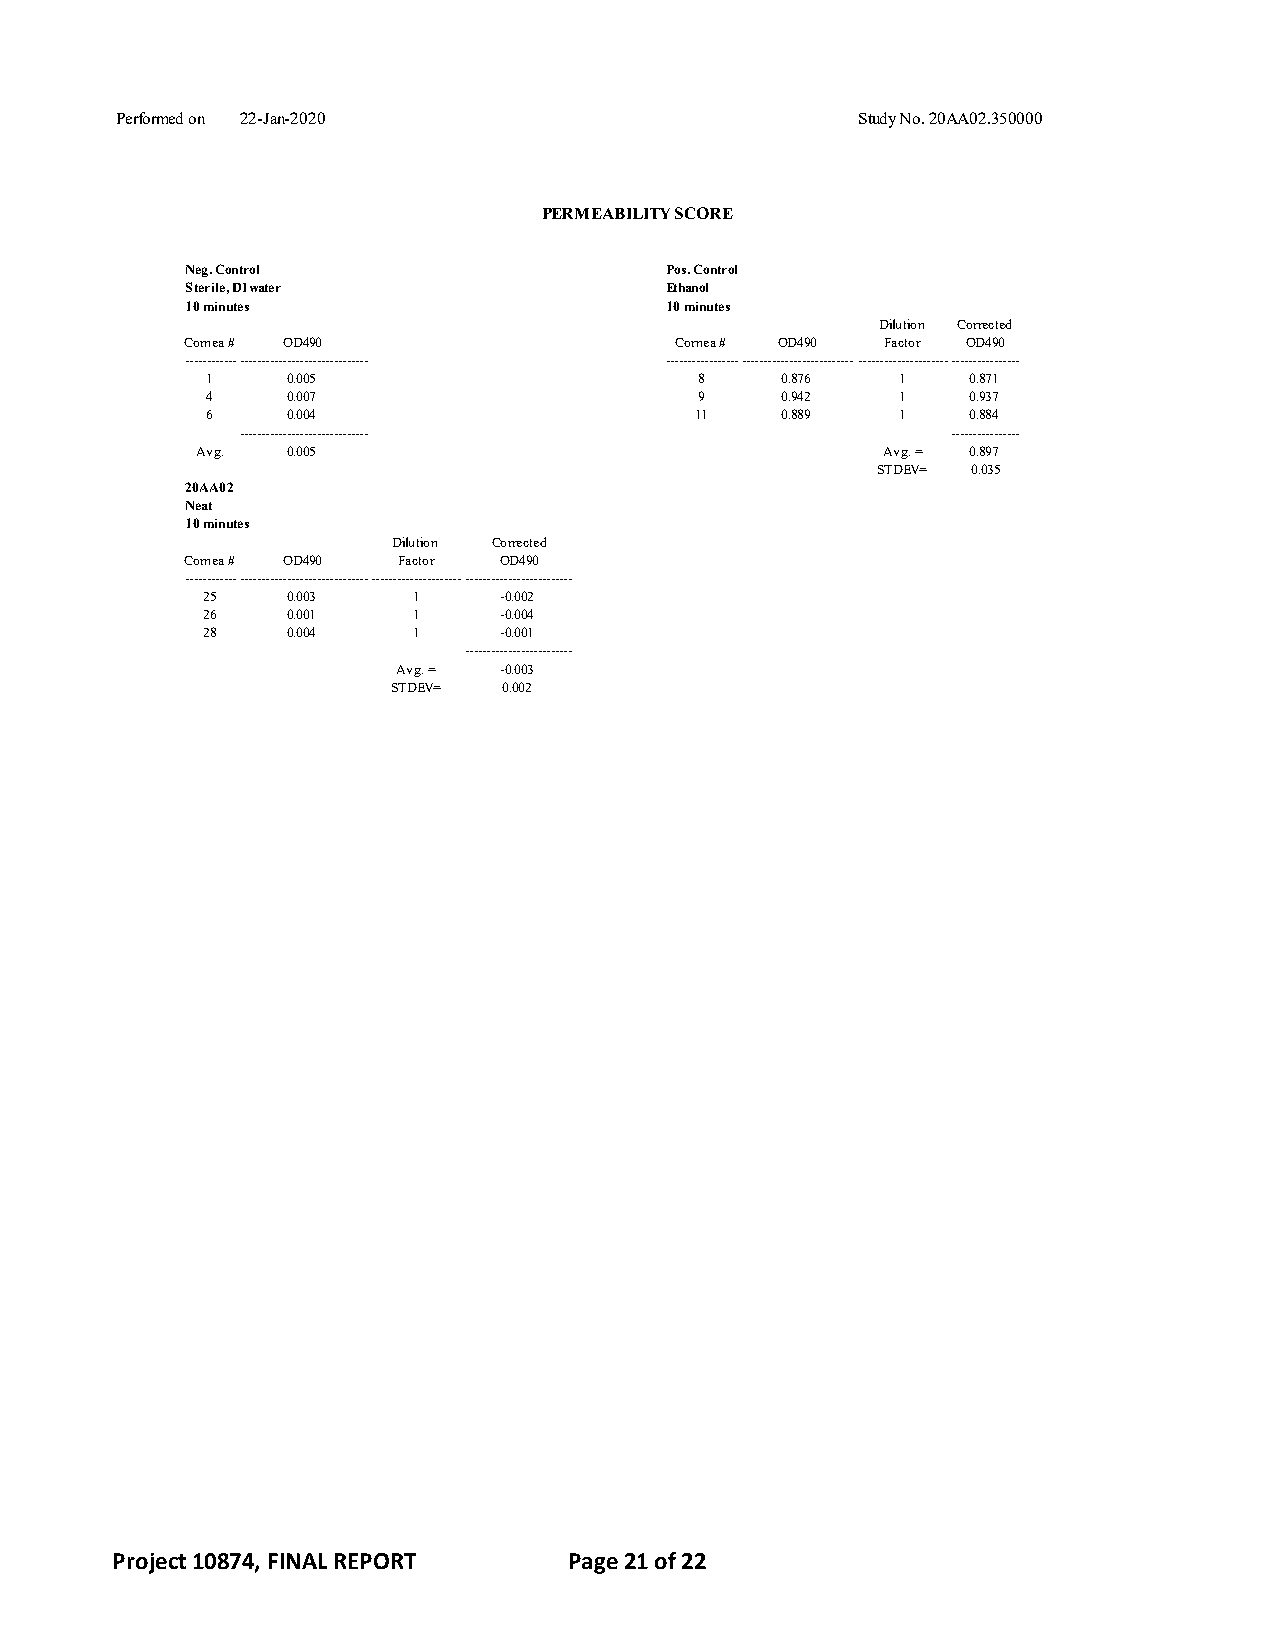
Performed on 22-Jan-2020                         Study No. 20AA02.350000
 PERMEABILITY SCORE
 Neg. Control                    Pos. Control
 Sterile, DI water               Ethanol
 10 minutes                      10 minutes
 Dilution Corrected
 Cornea # OD490                   Cornea # OD490 Factor OD490
 ------------------------------------------ --------------------------------------------------------------------------------
 1    0.005                      8     0.876  1    0.871
 4    0.007                      9     0.942  1    0.937
 6    0.004                      11    0.889  1    0.884
 ------------------------------                 ----------------
 Avg.  0.005                                  Avg. = 0.897
 STDEV= 0.035
 20AA02
 Neat
 10 minutes
 Dilution Corrected
 Cornea # OD490 Factor OD490
 ----------------------------------------------------------------------------------------
 25    0.003   1     -0.002
 26    0.001   1     -0.004
 28    0.004   1     -0.001
 -------------------------
 Avg. = -0.003
 STDEV= 0.002
 Project 10874, FINAL REPORT    Page 21 of 22